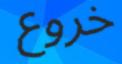
خروع